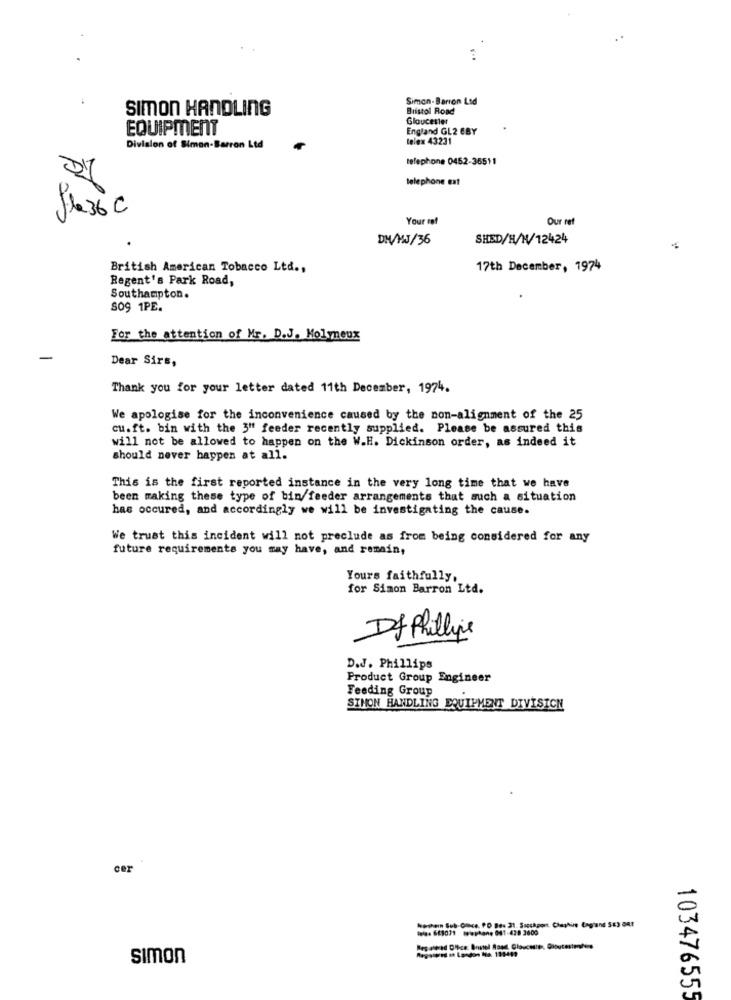
Simon- Barron Led
SIMON HANDLING
Bristol Road
Gloucester
EQUIPMENT
England GL2 EBY
telex 43231
Division of Simon-Barron Ltd
telephone 0452-36511
telephone ext
fla36 C
Your ref
Our ref
DM/MJ/36
SHED/H/W/12424
British American Tobacco Ltd .,
17th December, 1974
Regent's Park Road,
Southampton.
SOS 1PE.
For the attention of Mr. D.J. Molyneux
Dear Sirs,
Thank you for your letter dated 11th December, 1974.
We apologise for the inconvenience caused by the non-alignment of the 25
cu.ft. bin with the 3" feeder recently supplied. Please be assured this
will not be allowed to happen on the W.H. Dickinson order, as indeed it
should never happen at all.
This is the first reported instance in the very long time that we have
been making these type of bin feeder arrangements that such a situation
has occured, and accordingly we will be investigating the cause.
We trust this incident will not preclude as from being considered for any
future requirements you may have, and remain,
Yours faithfully,
for Simon Barron Ltd.
Df Phillipe
D.J. Phillips
Product Group Engineer
Feeding Group
SINON HANDLING EQUIPMENT DIVISION
cer
Nochein Sub-Glace. PO Bes 31. Soccaport. Cheshire Cogiand SE) OR!
tele. 6E1071 w ******* 841-428 3600
simon
103476555